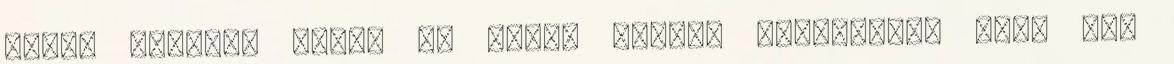
miről beszél, írjon le éppen tájat, időjárást, vagy egy